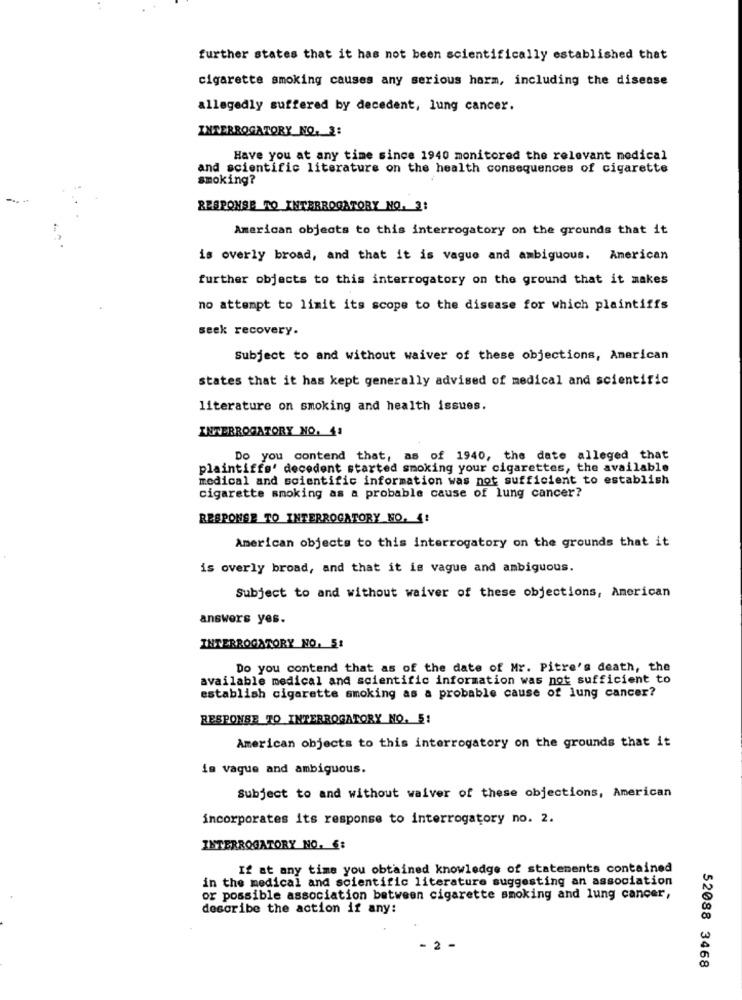
further states that it has not been scientifically established that
cigarette smoking causes any serious harm, including the disease
allegedly suffered by decedent, lung cancer.
INTERROGATORY NO. 2:
Have you at any time since 1940 monitored the relevant medical
and scientific literature on the health consequences of cigarette
smoking?
RESPONSE TO INTERROGATORY NO. 2:
American objects to this interrogatory on the grounds that it
is overly broad, and that it is vague and ambiguous. American
further objects to this interrogatory on the ground that it makes
no attempt to limit its scope to the disease for which plaintiffs
seek recovery.
Subject to and without waiver of these objections, American
states that it has kept generally advised of medical and scientific
literature on smoking and health issues.
INTERROGATORY NO. 41
Do you contend that, as of 1940, the date alleged that
plaintiffs' decedent started smoking your cigarettes, the available
medical and scientific information was not sufficient to establish
cigarette smoking as a probable cause of lung cancer?
RESPONSE TO INTERROGATORY NO. 4:
American objects to this interrogatory on the grounds that it
is overly broad, and that it is vague and ambiguous.
Subject to and without waiver of these objections, American
answers yes.
INTERROGATORY NO. 51
Do you contend that as of the date of Mr. Pitre's death, the
available medical and scientific information was not sufficient to
establish cigarette smoking as a probable cause of lung cancer?
RESPONSE TO INTERROGATORY NO. 5:
American objects to this interrogatory on the grounds that it
is vague and ambiguous.
Subject to and without waiver of these objections, American
incorporates its response to interrogatory no. 2.
INTERROGATORY NO. 6:
If at any time you obtained knowledge of statements contained
in the medical and scientific literature suggesting an association
or possible association between cigarette smoking and lung cancer,
describe the action if any:
2
52088 3468